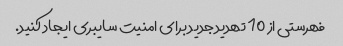
فهرستی از 10 تهدید جدید برای امنیت سایبری ایجاد کنید.